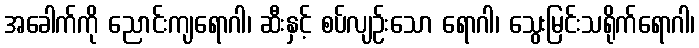
အခေါက်ကို ညောင်းကျရောဂါ၊ ဆီးနှင့် စပ်လျဉ်းသော ရောဂါ၊ သွေးမြင်းသရိုက်ရောဂါ၊